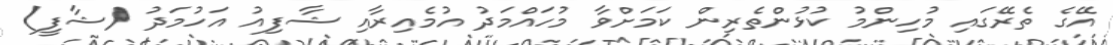
އޭގެ ތެރޭގައި މުހިންމު ކުޅުންތެރިން ކަމަށްވާ މުހައްމަދު އުމެއިރާއި ޝާފިއު އަހުމަދު (ޝާފީ)